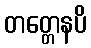
တတ္တေနပိ